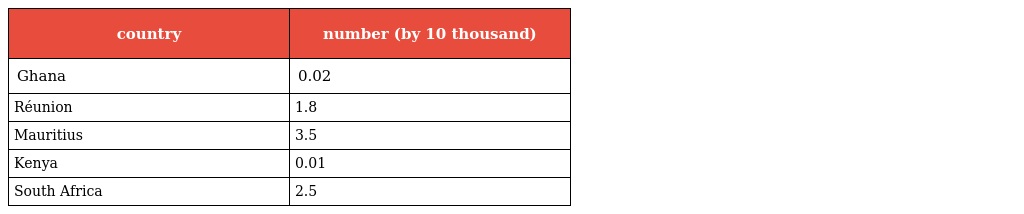
| country | number (by 10 thousand) |
 | --- | --- |
 | Ghana | 0.02 |
 | Réunion | 1.8 |
 | Mauritius | 3.5 |
 | Kenya | 0.01 |
 | South Africa | 2.5 |